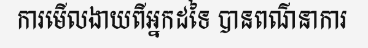
ការមើលងាយពីអ្នកដទៃ បានពណ៌នាការ